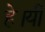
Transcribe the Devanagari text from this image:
हे।यी